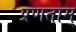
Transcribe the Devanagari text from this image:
प्रणताम्